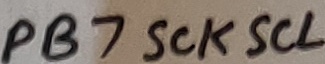
Text: PB7SCKSCL